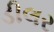
ડીલર